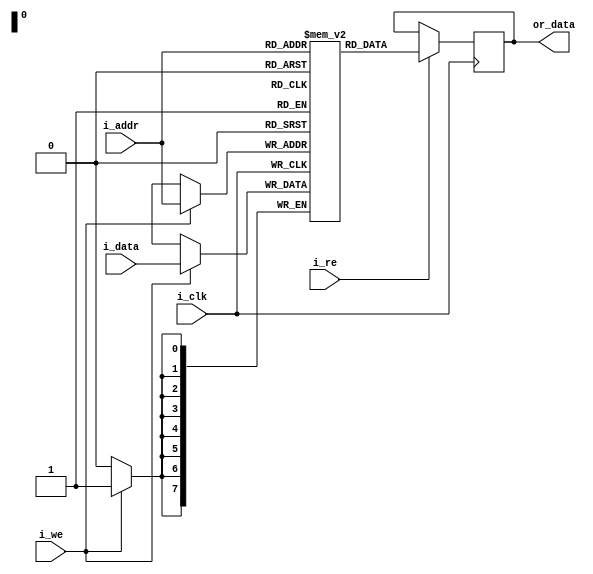
// RAM for the FRANK6000 processor

`ifndef _RAM_v_
`define _RAM_v_

module RAM #(
    parameter ADDR_WIDTH  = 8,
    parameter DATA_WIDTH  = 8) (
    input      [ADDR_WIDTH-1:0] i_addr,    
    input      [DATA_WIDTH-1:0] i_data,
    input                       i_clk, i_we, i_re,
    output reg [DATA_WIDTH-1:0] or_data);
    
    reg [DATA_WIDTH-1:0] mem [(1<<ADDR_WIDTH)-1:0];

    always @(posedge i_clk) begin
        if (i_we) mem[i_addr] <= i_data;
        if (i_re) or_data = mem[i_addr];
    end

endmodule

`endif